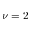
\nu = 2